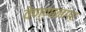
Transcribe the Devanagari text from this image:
वेण्णानगर